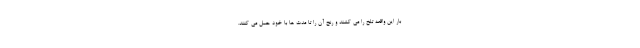
بار این واقعه تلخ را می کشند و رنج آن را تا مدت ها با خود حمل می کنند.